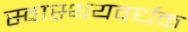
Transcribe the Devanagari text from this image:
स्वास्थयवर्धक